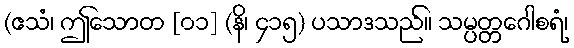
(ဧသံ၊ ဤသောတ [၀၁] (နိ၊ ၄၁၅) ပသာဒသည်။ သမ္ပတ္တဂေါစရံ၊